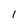
Character: 1